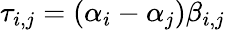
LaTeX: \tau_{i,j}=(\alpha_{i}-\alpha_{j})\beta_{i,j}